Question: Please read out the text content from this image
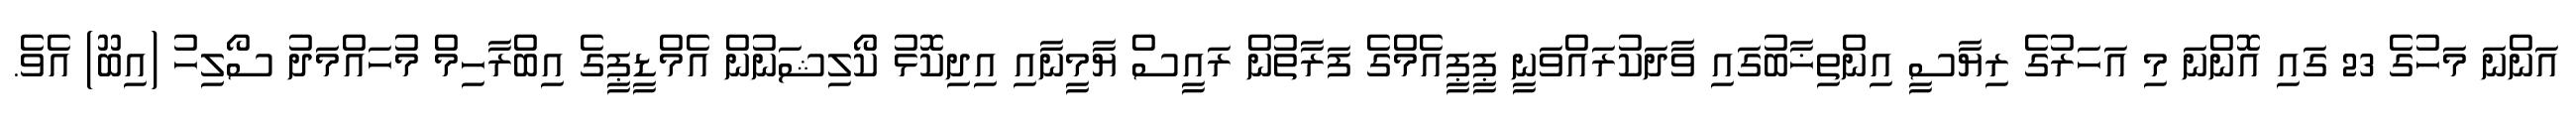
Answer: އަންނަ މަހުގެ 23 ގައި އޮންނަ މި އަހަރުގެ ރިޔާސީ އިންތިޚާބުގައި ވާދަކުރައްވަނީ ޕީޕީއެމްގެ ފަރާތުން ރައީސް ޔާމީނާއި އިދިކޮޅު ކޯލިޝަނުން އެމްޑީޕީގެ އިބްރާހިމް މުހައްމަދު ސޯލިހު (އިބޫ) އެވެ.